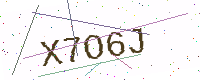
Text: X7O6J